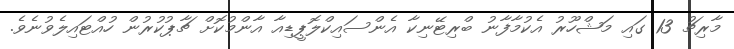
މާރިޗު 13 ގައި މަޝްހޫރު އެކުމާފާނު ބްރިޓޭނިކާ އެންސައިކްލޮޕީޑިއާ އާންމުކޮށް ޗާޕުކުރުން ހުއްޓައިލެވުނެވެ.